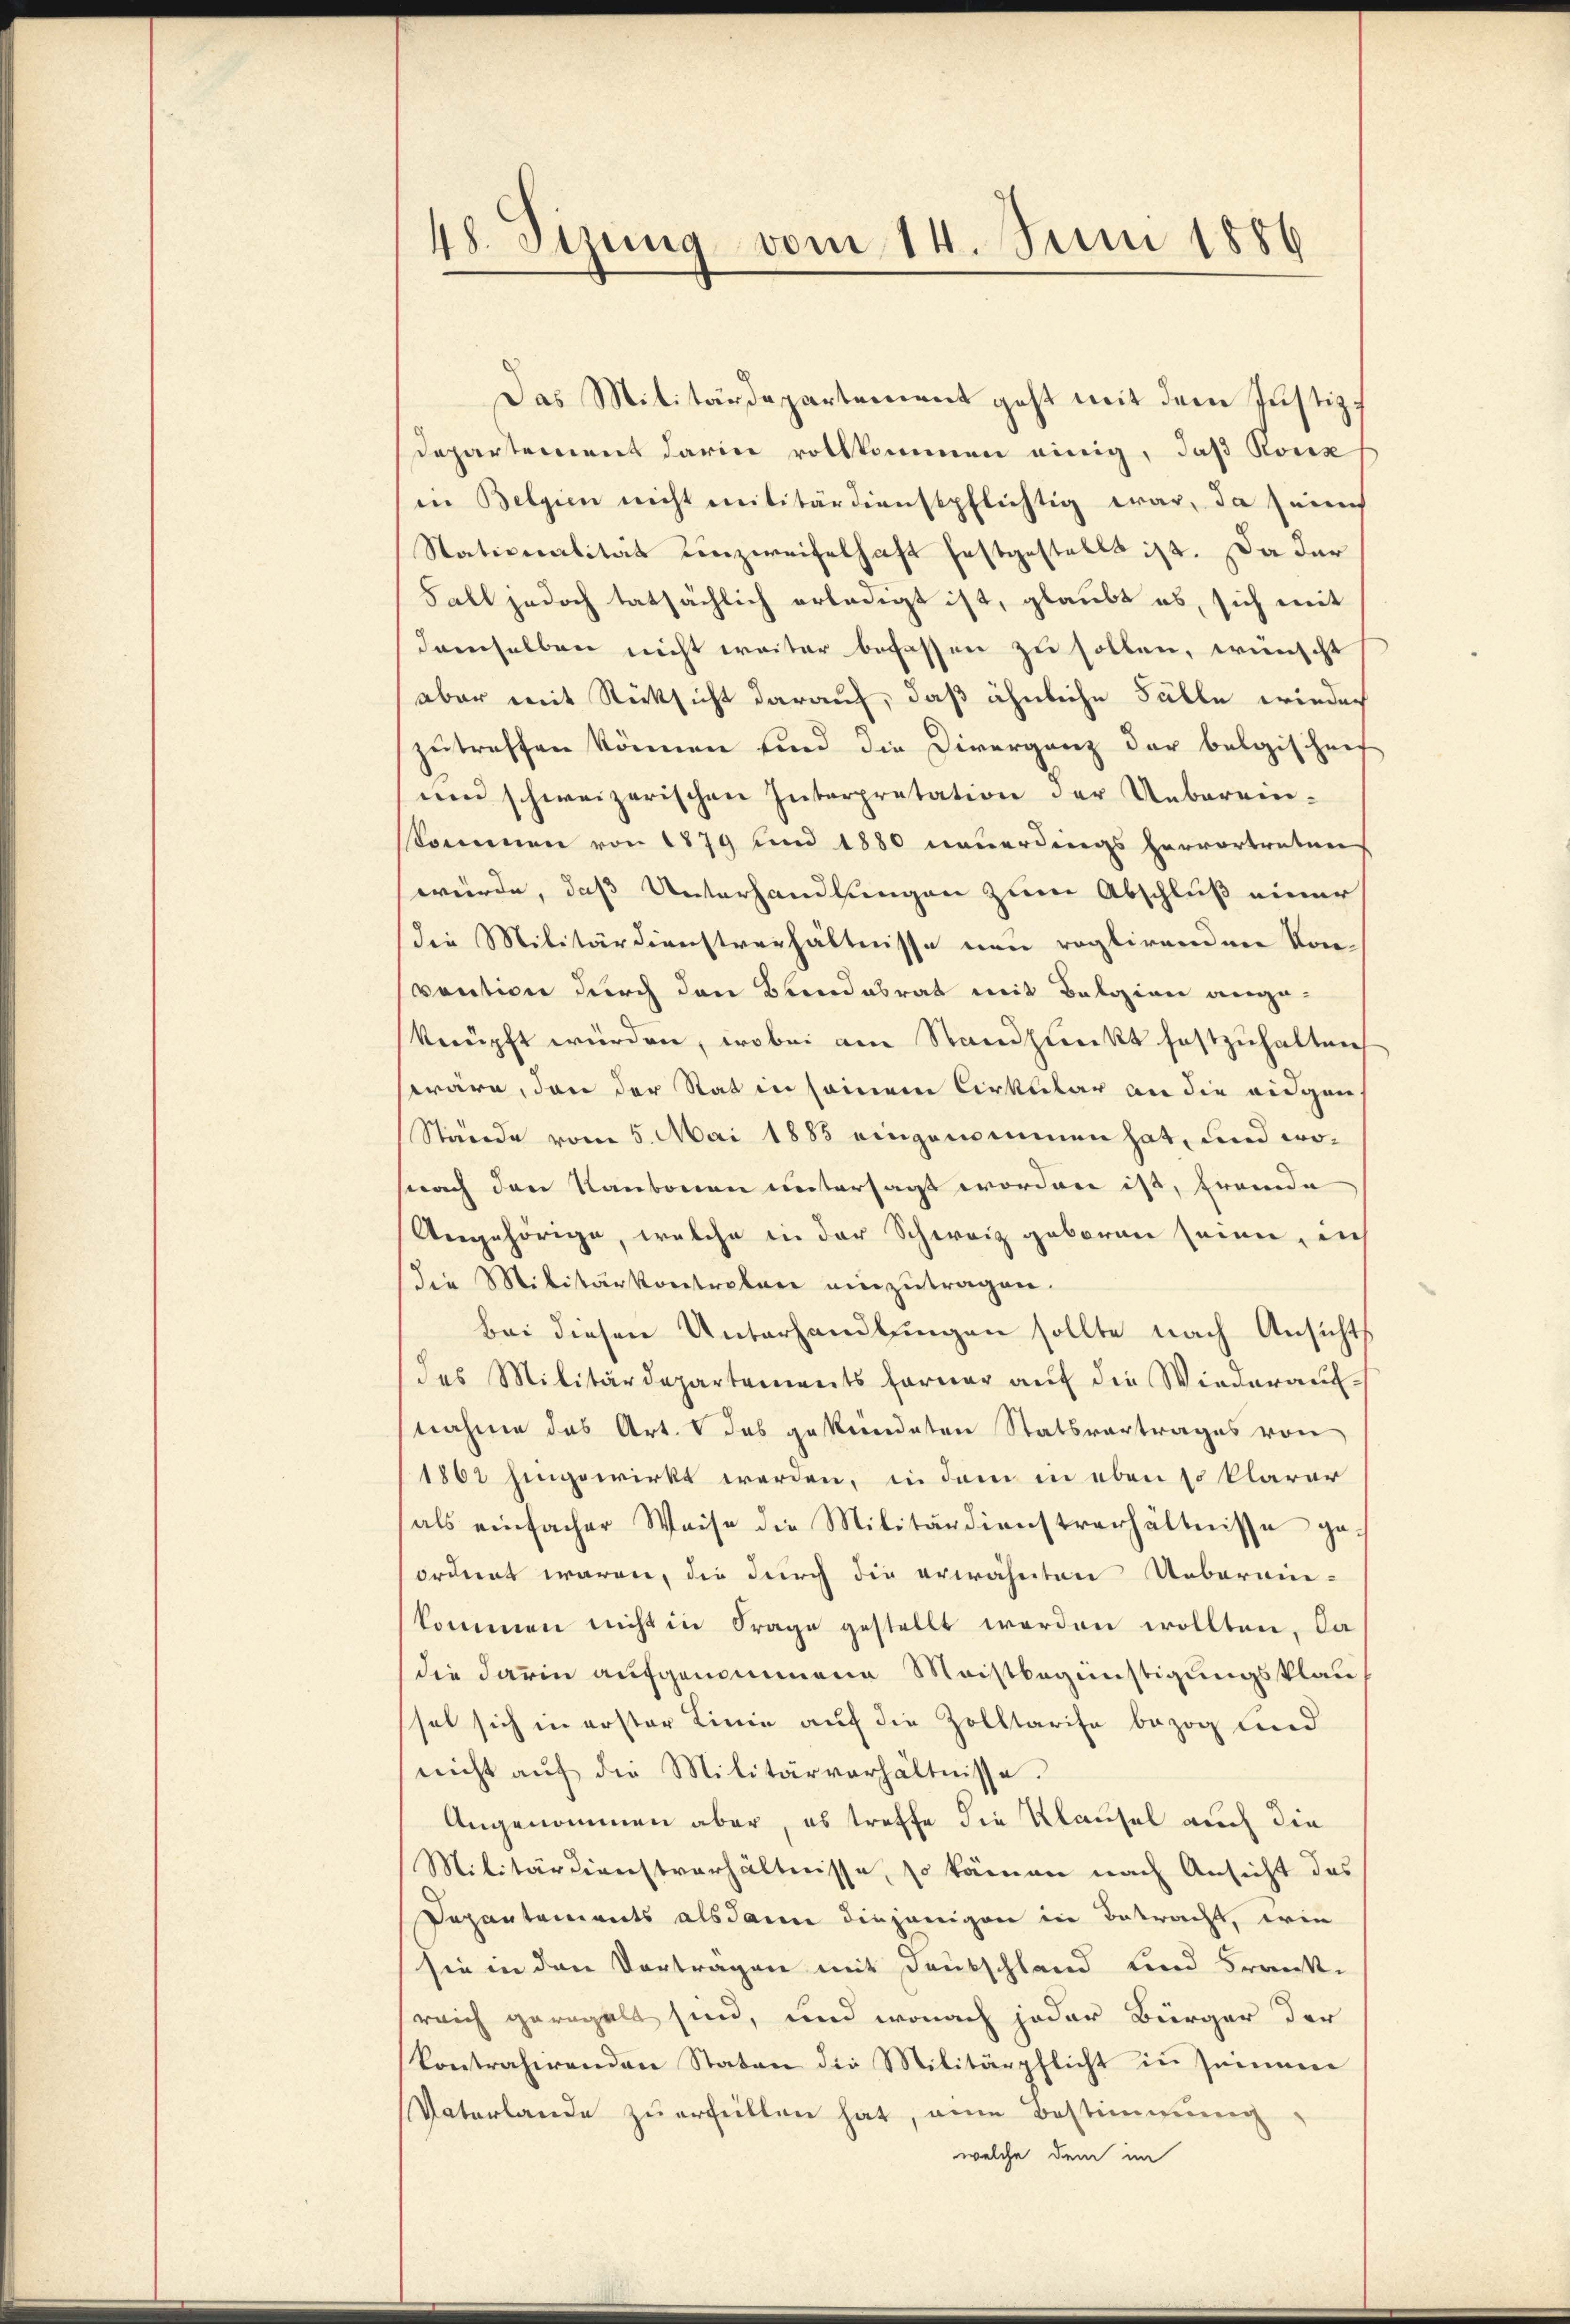
48. Sizung vom 14. Juni 1886

Das Militärdepartement geht mit dem Justiz-
Departement darin vollkommen einig, daß Kons
in Belgien nicht militärdienstpflichtig war, da seines
Stationalität unzweifelhaft festgestellt ist. Da der
Fall jedoch tatsächlich erledigt ist, glaubt es, sich mit
demselben nicht weiter befassen zu sollen, wünscht
aber mit Rücksicht darauf, daß ähnliche Fälle wieder
zutreffen können und die Diverganz der belgischen
nen schweizerischen Interpretation der Ueberein-
kommen von 1879 und 1880 neuerdings hervortreten
würde, daß Unterhandlungen zum Abschluß einer
die Militärdienstverhältnisse neu reglirenden Kon-
vention durch den Blandabrat mit Belgien angeknüpft würden, wobei am Standpunkt festzuhalten
wäre, den der Stat in seinem Cirkular an die eidgen
Stände vom 5. Mai 1885 eingenommen hat, und wonach den Kantonen untersagt worden ist, fremde
Angehörige, welche in der Schweiz geboren seien, in
die Militärkontroler einzŭtragen.
Bei diesen Unterhandlungen sollte nach Ansichts
des Militärdepartements ferner aŭf die Wiederaŭf-
nnahme das Art. V das gekündeten Statsvertrages von
1861 hingewirkt werden, in dem in eben so klarar
als einfacher Weise die Militärdienstverhältnisse ge-
ordnet waren, die durch die erwähnten Ueberain-
kommen nicht in Frage gestellt werden wollten, da
die darin aufgenommene Meistbegünstigungsklausel sich in erster Linie auf die Zolltarife bezog sind
nicht aŭf die Militärverhältnisse.
Angenommen aber, es treffe die Klausel auch die
Militärdienstverhältnisse, so kämen nach Ansicht das
Departements alsdann diejenigen in Betracht, die
sie in den Vortragen mit Deutschland und Franke
reich geregelt sind, und wonach jeder Bürger der
kontrahirenden Staten die Militärpflicht in seinem
Vaterlande zŭ erfüllen hat, eine Bestimmung
welche dem im